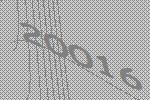
20016